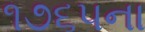
૧૭૬૫ના